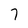
Character: 7